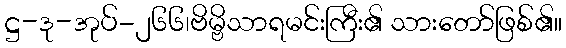
ဋ္ဌ-ဒု-အုပ်-၂၆၆၊ဗိမ္ဗိသာရမင်းကြီး၏ သားတော်ဖြစ်၏။